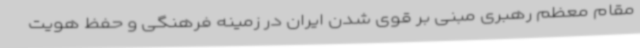
مقام معظم رهبری مبنی بر قوی شدن ایران در زمینه فرهنگی و حفظ هویت